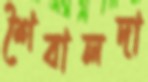
শৈবালদা